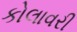
કોલાવરી